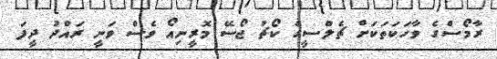
ރާމޯސްގެ ވާހަކަތަކަށް ޗެލްސީގެ ކޯޗު ޖޯސޭ މޮރީނިއޯ ވެސް ވަނީ ރައްދު ދީފަ